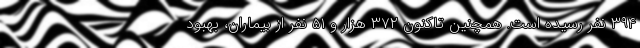
۳۹۴ نفر رسیده است. همچنین تاکنون ۳۷۲ هزار و ۵۱ نفر از بیماران، بهبود